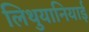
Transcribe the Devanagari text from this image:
लिथुयानियाई